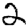
Digit: 2